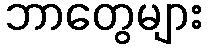
ဘာတွေများ